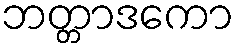
ဘတ္တာဒကော